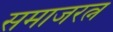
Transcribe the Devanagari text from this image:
समाजरत्न